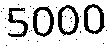
5000